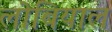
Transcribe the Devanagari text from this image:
लोबियाल